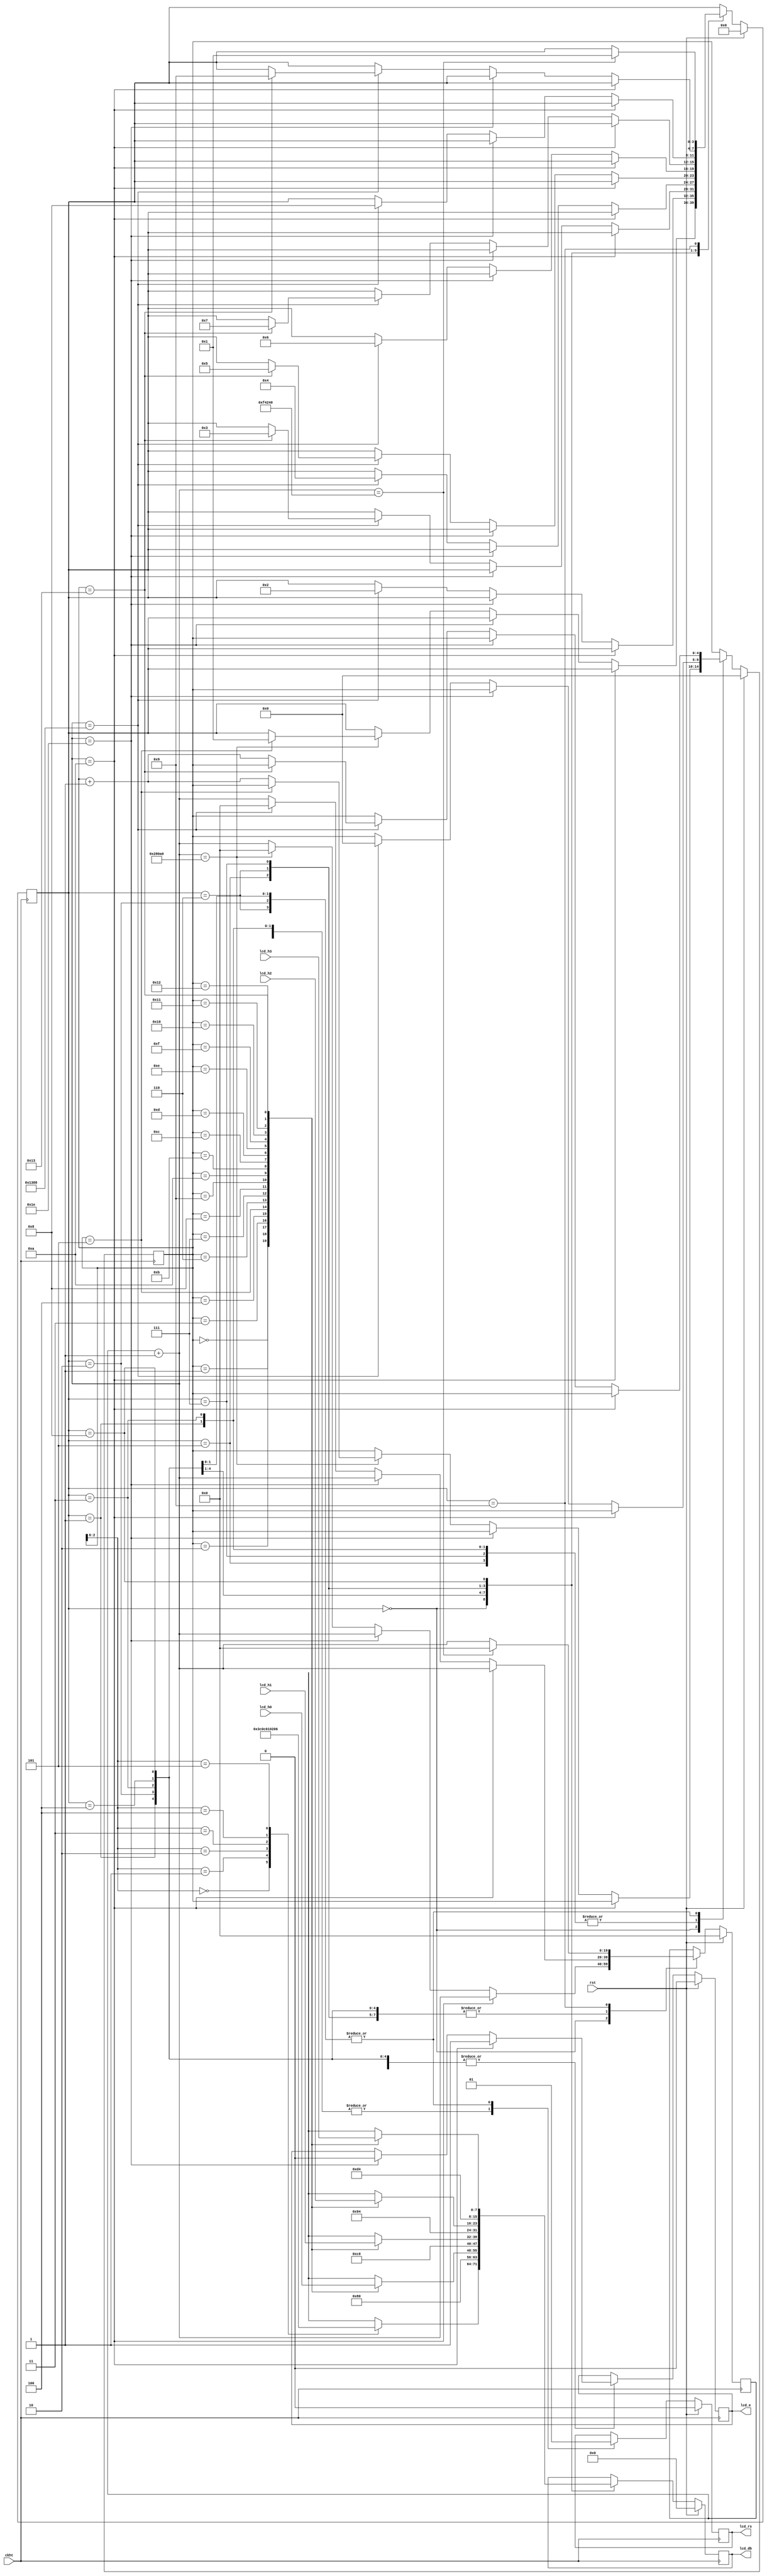
`timescale 1ns / 1ps

module LCD_HIENTHI(
    input ckht,rst,
    input [159:0] lcd_h0,
    input [159:0] lcd_h1,
    input [159:0] lcd_h2,
    input [159:0] lcd_h3,
    output lcd_rs, lcd_e,
    output [7:0] lcd_db
    );

parameter [3:0]
LCD_INITIAL = 4'b0000,
LCD_ADDR_L0 = 4'b0001,
LCD_DATA_L0 = 4'b0010,    
LCD_ADDR_L1 = 4'b0011,
LCD_DATA_L1 = 4'b0100,
LCD_ADDR_L2 = 4'b0101,
LCD_DATA_L2 = 4'b0110,    
LCD_ADDR_L3 = 4'b0111,
LCD_DATA_L3 = 4'b1000,
LCD_STOP    = 4'b1001;

wire [7:0] lcd_h0b[0:19];
wire [7:0] lcd_h1b[0:19];
wire [7:0] lcd_h2b[0:19];
wire [7:0] lcd_h3b[0:19];

reg [3:0] state;
reg [19:0] slx;
reg [4:0] ptr;

reg lcd_rsr;
reg lcd_er;
reg [7:0] lcd_dbr;

wire [7:0] lcd_cmd [0:5];

assign lcd_e = lcd_er;
assign lcd_rs = lcd_rsr;
assign lcd_db = lcd_dbr;

assign lcd_cmd[0] = 8'h00;
assign lcd_cmd[1] = 8'h3c;  
assign lcd_cmd[2] = 8'h0c;
assign lcd_cmd[3] = 8'h01;  
assign lcd_cmd[4] = 8'h02;  
assign lcd_cmd[5] = 8'h06;

generate
genvar i;
for (i = 1; i < 21; i = i+1)
    begin: for_name
        assign lcd_h0b[20-i] = lcd_h0[i*8-1:i*8-8];
        assign lcd_h1b[20-i] = lcd_h1[i*8-1:i*8-8];
        assign lcd_h2b[20-i] = lcd_h2[i*8-1:i*8-8];
        assign lcd_h3b[20-i] = lcd_h3[i*8-1:i*8-8];
    end
endgenerate

always @(negedge ckht)
if (rst)
    begin
        state = LCD_INITIAL;
        slx   = 0;
        ptr   = 0;
        lcd_er = 1'b0;
        lcd_rsr = 1'b0;
        lcd_dbr = 8'h00;
    end
else
    case (state)
        LCD_INITIAL:
            begin
                slx = slx+1;
                lcd_dbr = lcd_cmd[ptr];
                lcd_rsr = 1'b0;
                if (slx == 10) lcd_er = 1'b1;
                else if (slx == 30) lcd_er = 1'b0;
                else if (slx == 164000)
                    begin
                        slx = 0;
                        if (ptr == 5) state = LCD_ADDR_L0;
                        else ptr = ptr + 1;
                    end  
            end
        LCD_ADDR_L0:
            begin
                slx = slx+1;
                lcd_dbr = 8'h80;
                lcd_rsr = 1'b0;
                if (slx == 10) lcd_er = 1'b1;
                else if (slx == 30) lcd_er = 1'b0;
                else if (slx == 5000)
                    begin
                        slx = 0;
                        ptr = 0; 
                        state = LCD_DATA_L0;
                    end  
            end
        LCD_DATA_L0:
            begin
                slx = slx+1;
                lcd_dbr = lcd_h0b[ptr];
                lcd_rsr = 1'b1;
                if (slx == 10) lcd_er = 1'b1;
                else if (slx == 30) lcd_er = 1'b0;
                else if (slx == 5000)
                    begin
                        slx = 0;
                        if (ptr == 19) state = LCD_ADDR_L1;
                        else ptr = ptr + 1;
                    end  
            end
        LCD_ADDR_L1:
            begin
                slx = slx+1;
                lcd_dbr = 8'hc0;
                lcd_rsr = 1'b0;
                if (slx == 10) lcd_er = 1'b1;
                else if (slx == 30) lcd_er = 1'b0;
                else if (slx == 5000)
                    begin
                        slx = 0;
                        ptr = 0; 
                        state = LCD_DATA_L1;
                    end  
            end
         LCD_DATA_L1:
            begin
                slx = slx+1;
                lcd_dbr = lcd_h1b[ptr];
                lcd_rsr = 1'b1;
                if (slx == 10) lcd_er = 1'b1;
                else if (slx == 30) lcd_er = 1'b0;
                else if (slx == 5000)
                    begin
                        slx = 0;
                        if (ptr == 19) state = LCD_ADDR_L2;
                        else ptr = ptr + 1;
                    end  
            end  
         LCD_ADDR_L2:
            begin
                slx = slx+1;
                lcd_dbr = 8'h94;
                lcd_rsr = 1'b0;
                if (slx == 10) lcd_er = 1'b1;
                else if (slx == 30) lcd_er = 1'b0;
                else if (slx == 5000)
                    begin
                        slx = 0;
                        ptr = 0; 
                        state = LCD_DATA_L2;
                    end  
            end
         LCD_DATA_L2:
            begin
                slx = slx+1;
                lcd_dbr = lcd_h2b[ptr];
                lcd_rsr = 1'b1;
                if (slx == 10) lcd_er = 1'b1;
                else if (slx == 30) lcd_er = 1'b0;
                else if (slx == 5000)
                    begin
                        slx = 0;
                        if (ptr == 19) state = LCD_ADDR_L3;
                        else ptr = ptr + 1;
                    end  
            end
         LCD_ADDR_L3:
            begin
                slx = slx+1;
                lcd_dbr = 8'hd4;
                lcd_rsr = 1'b0;
                if (slx == 10) lcd_er = 1'b1;
                else if (slx == 30) lcd_er = 1'b0;
                else if (slx == 5000)
                    begin
                        slx = 0;
                        ptr = 0; 
                        state = LCD_DATA_L3;
                    end  
            end
         LCD_DATA_L3:
            begin
                slx = slx+1;
                lcd_dbr = lcd_h3b[ptr];
                lcd_rsr = 1'b1;
                if (slx == 10) lcd_er = 1'b1;
                else if (slx == 30) lcd_er = 1'b0;
                else if (slx == 5000)
                    begin
                        slx = 0;
                        if (ptr == 19) state = LCD_STOP;
                        else ptr = ptr + 1;
                    end  
            end                
         LCD_STOP:
            begin
                slx = slx+1;
                if (slx == 1000000)
                    begin
                        slx = 0;
                        state = LCD_ADDR_L0;
                    end
            end            
     endcase
endmodule